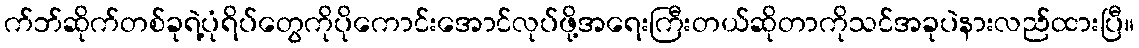
က်ဘ်ဆိုက်တစ်ခုရဲ့ပုံရိပ်တွေကိုပိုကောင်းအောင်လုပ်ဖို့အရေးကြီးတယ်ဆိုတာကိုသင်အခုပဲနားလည်ထားပြီ။